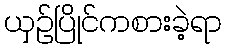
ယှဉ်ပြိုင်ကစားခဲ့ရာ